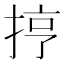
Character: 㧸